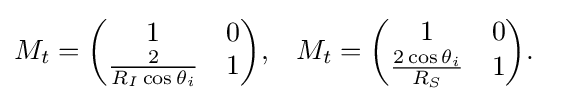
{\begin{aligned}M_{t}&={\begin{pmatrix}1&0\\{\frac {2}{R_{I}\cos \theta _{i}}}&1\end{pmatrix}},&M_{t}&={\begin{pmatrix}1&0\\{\frac {2\cos \theta _{i}}{R_{S}}}&1\end{pmatrix}}.\end{aligned}}